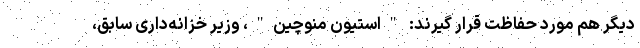
دیگر هم مورد حفاظت قرار گیرند: "استیون منوچین"، وزیر خزانه‌داری سابق،